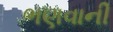
ભણવાની